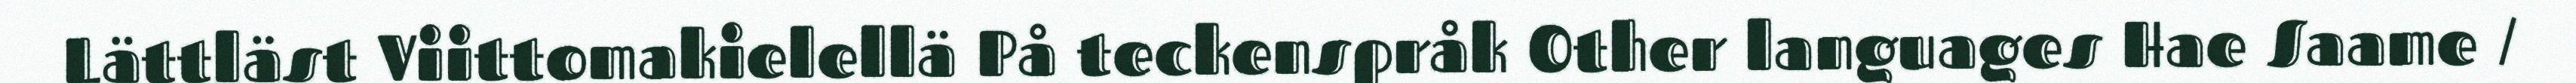
Lättläst Viittomakielellä På teckenspråk Other languages Hae Saame /